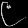
Digit: ၉